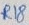
Text: R18